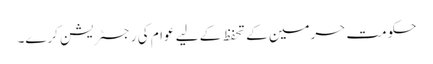
حکومت حرمین کے تحفظ کے لیے عوام کی رجسٹریشن کرے۔